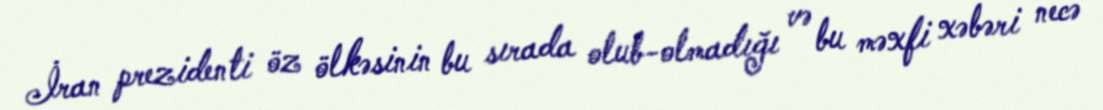
İran prezidenti öz ölkəsinin bu sırada olub-olmadığı və bu məxfi xəbəri necə